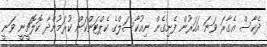
ދެހާސް އެގާރަ ވަނަ އަހަރުން ފެށިގެން ނިއުކާސަލްގެ ކެޕްޓަންކަން ކުރަމުންދާ ކޮލޮޗީީނީ ވަނީ